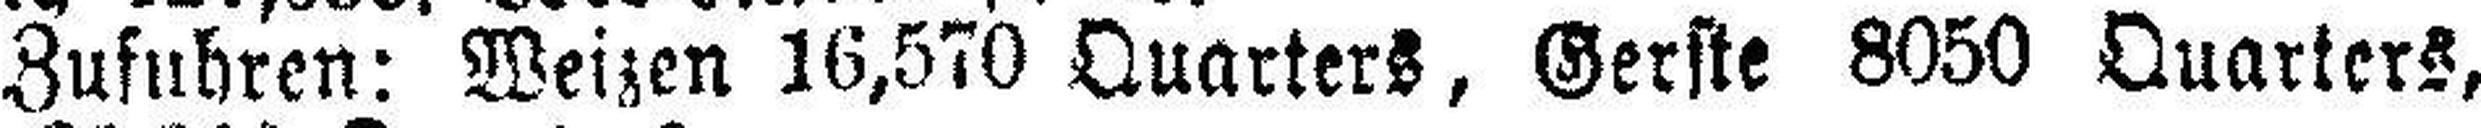
Zufuhren: Weizen 16,570 Quarters, Gerste 8050 Quarters,